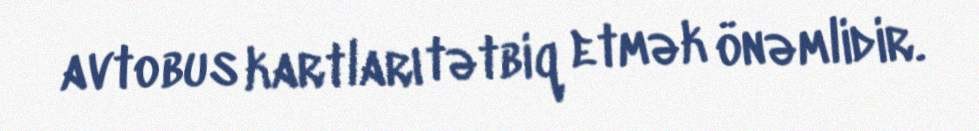
avtobus kartları tətbiq etmək önəmlidir.